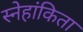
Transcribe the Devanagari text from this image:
स्नेहांकिता